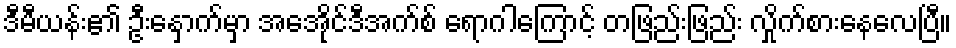
ဒီမီယန်း၏ ဦးနှောက်မှာ အေအိုင်ဒီအက်စ် ရောဂါကြောင့် တဖြည်းဖြည်း လှိုက်စားနေလေပြီ။